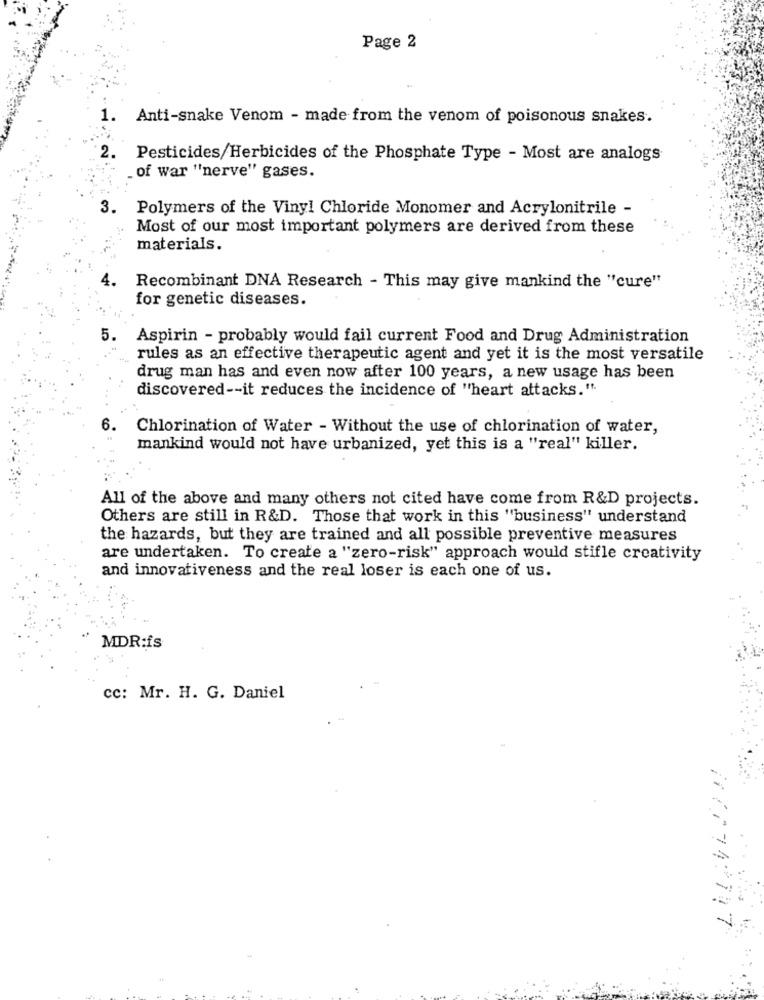
Page 2
1.
Anti-snake Venom - made from the venom of poisonous snakes.
2. Pesticides/Herbicides of the Phosphate Type - Most are analogs
. of war "nerve" gases.
3.
Polymers of the Vinyl Chloride Monomer and Acrylonitrile -
Most of our most important polymers are derived from these
materials.
Recombinant DNA Research - This may give mankind the "cure"
for genetic diseases.
5.
Aspirin - probably would fail current Food and Drug Administration
rules as an effective therapeutic agent and yet it is the most versatile
drug man has and even now after 100 years, a new usage has been
discovered -- it reduces the incidence of "heart attacks.".
6.
Chlorination of Water - Without the use of chlorination of water,
mankind would not have urbanized, yet this is a "real" killer.
All of the above and many others not cited have come from R&D projects.
Others are still in R&D. Those that work in this "business" understand
the hazards, but they are trained and all possible preventive measures
are undertaken. To create a "zero-risk" approach would stifle creativity
and innovativeness and the real loser is each one of us.
MDR:is
cc: Mr. H. G. Daniel